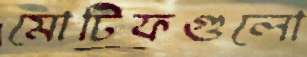
মোটিফগুলো